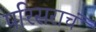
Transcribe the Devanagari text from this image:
परिसराचं